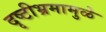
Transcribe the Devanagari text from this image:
दृष्टीभ्रमामुळे